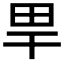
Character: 𤰠